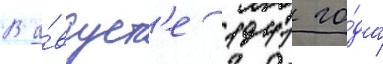
В а́вгуст'е 1941 го́да